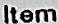
ITEM